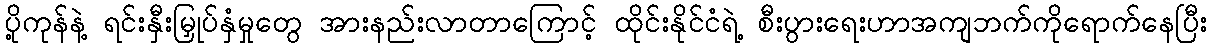
ပို့ကုန်နဲ့ ရင်းနှီးမြှုပ်နှံမှုတွေ အားနည်းလာတာကြောင့် ထိုင်းနိုင်ငံရဲ့ စီးပွားရေးဟာအကျဘက်ကိုရောက်နေပြီး